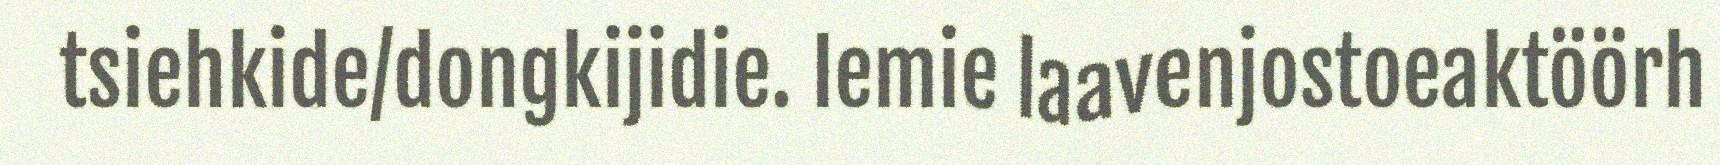
tsiehkide/dongkijidie. Iemie laavenjostoeaktöörh